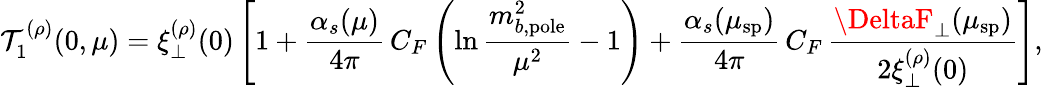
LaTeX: \mathcal{T}_{1}^{(\rho)}(0,\mu)=\xi_{\perp}^{(\rho)}(0)\left[1+\frac{{\alpha_{s}(\mu)}}{{4\pi}}\, C_{F}\left(\ln\frac{{m_{b,\mathrm{{pole}}}^{2}}}{{\mu^{2}}}-1\right)+\frac{{\alpha_{s}(\mu_{\mathrm{{sp}}})}}{{4\pi}}\, C_{F}\, \frac{{\DeltaF_{\perp}(\mu_{\mathrm{{sp}}})}}{{2\xi_{\perp}^{(\rho)}(0)}}\right],